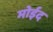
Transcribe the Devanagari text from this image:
मोईद